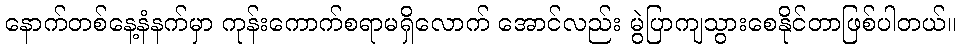
နောက်တစ်နေ့နံနက်မှာ ကုန်းကောက်စရာမရှိလောက် အောင်လည်း မွဲပြာကျသွားစေနိုင်တာဖြစ်ပါတယ်။